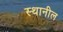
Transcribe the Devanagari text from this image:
स्थानील